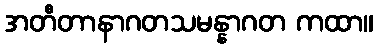
အတီတာနာဂတသမန္နာဂတ ကထာ။